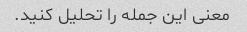
معنی این جمله را تحلیل کنید.